Vaccination in Burma 1912-1922 - 1912-1922
Year: 1912
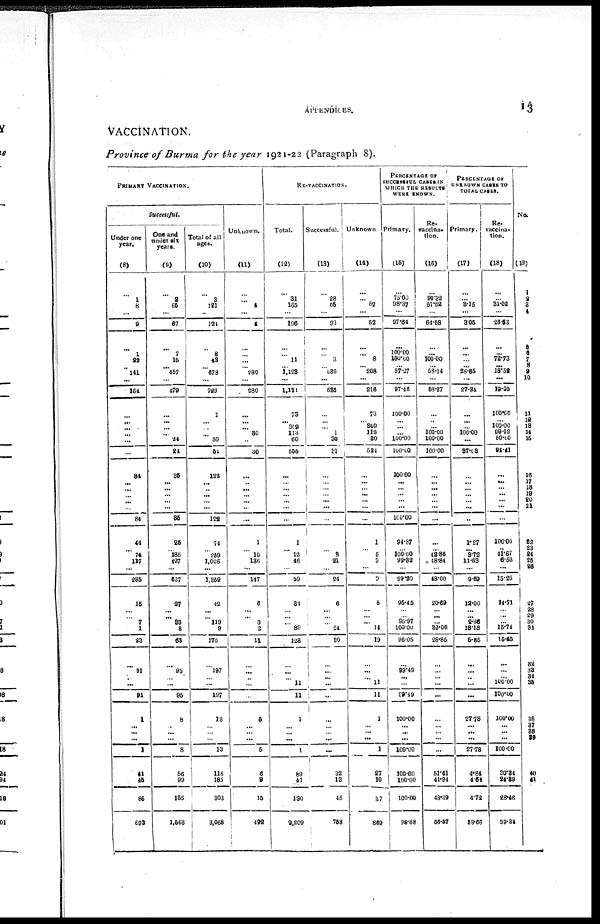
APPENDICES.
13
VACCINATION.
Province of Burma for the year 1921-22 (Paragraph 8).
PRIMARY VACCINATION.
Successful.
Under one
year.
(8)
...
1
8
...
9
...
1
22
...
141
...
164
...
...
...
...
...
...
84
...
...
...
...
...
84
44
...
74
117
...
235
15
...
...
7
1
23
...
91
... ...
91
1
...
... ...
1
41
45
86
693
One and
under six
years.
(9)
...
2
65
...
67
...
7
15
... 457
...
479
...
...
...
...
24
24
35
...
...
...
...
...
35
25
...
185
427
...
637
27
...
... 83
3
63
...
95
... ...
95
8
...
... ...
8
56
99
155
1,563
Total of all
ages.
(10)
...
3
121
...
124
...
8
43
...
678
...
729
1
...
...
...
50
51
122
... ...
...
...
...
122
74
...
259
1,026
...
1,359
42
...
... 119
9
170
...
197
... ...
197
13
...
... ...
13
118
185
303
3,068
Unknown.
(11)
...
...
4
...
4
...
...
...
... 280
...
280
...
...
...
30
...
30
...
...
...
...
... ...
...
1
...
10
136
...
147
6
...
... 3
2
11
...
...
...
...
...
5
...
...
...
5
6
9
15
492
RE-VACCINATION.
Total.
(12)
...
31
165
...
196
...
...
11
... 1,123
...
1,131
73
... 309
113
60
555
...
...
...
...
...
...
...
1
...
12
46
...
59
34
... ...
... 89
128
...
...
...
11
11
1
...
...
...
1
89
41
130
2,209
Successful.
(13)
...
28
65
...
93
...
...
3
...
532
...
535
...
...
...
1
30
31
...
...
...
...
...
...
...
...
...
3
21
...
24
6
...
...
... 24
30
...
...
... ...
...
...
...
... ...
...
32
13
45
758
Unknown.
(14)
...
... 52
...
52
...
...
8
... 208
...
216
73
... 309
112
30
524
...
...
...
...
...
...
...
1
...
5
3
...
9
6
...
... ... 14
19
...
...
... 11
11
1
...
...
...
1
27
10
37
869
PERCENTAGE OF
SUCCESSFUL CASES IN
WHICH THE RESULTS
WERE KNOWN.
Primary.
(15)
...
75.00
98.37
...
97.64
...
100.00
100.00
...
97.27
...
97.46
100.00
...
...
...
100.00
100.00
100.00
...
...
...
...
...
100.00
94.87
... 100.00
99.32
...
99.20
95.45
...
... 95.97
100.00
96.05
...
99.49
... ...
99.49
100.00
...
...
...
100.00
100.00
100.00
100.00
93.68
Re¬
vaccina¬
tion.
(16)
...
90.32
57.52
...
64.58
...
...
100.00
...
58.14
...
58.27
...
...
...
100.00
100.00
100.00
...
...
...
...
...
...
...
...
... 42.86
48.84
...
48.00
20.69
... ...
...
32.00
28.85
...
...
... ...
...
...
... ...
...
...
51.61
41.94
48.39
56.57
PERCENTAGE OF
UNKNOWN CASES TO
TOTAL CASES.
Primary.
(17)
...
... 3.15
...
3.05
...
...
...
...
28.65
...
27.24
...
...
...
100.00
...
37.08
...
...
...
...
...
...
...
1.27
...
3.72
11.63
...
9.69
12.00
...
... 2.36
18.18
5.35
...
...
... ...
...
27.78
...
... ...
27.78
4.84
4.64
4.72
13.66
Re-
vaccina-
tion.
(18)
...
...
31.52
...
26.53
...
...
72.73
...
13.52
...
19.05
100.00
...
100.00
99.12
50.00
94.41
...
...
...
...
...
...
...
100.00
... 41.67
6.52
...
15.25
14.71
...
...
...
15.74
15.45
...
...
...
100.00
100.00
100.00
...
...
...
100.00
30.34
24.39
28.46
39.34
No.
(19)
1
2
3
4
5
6
7
8
9
10
11
12
13
14
15
16
17
18
19
20
21
22
23 24
25
26
27
28
29
30
31
32
33
34
35
36
37
38
39
40
41